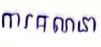
ការគណនា